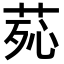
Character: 𦰸